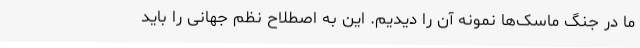
ما در جنگ ماسک‌ها نمونه آن را دیدیم. این به اصطلاح نظم جهانی را باید